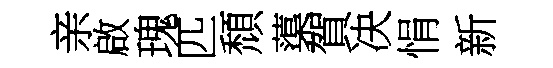
亲啟瑰匹頹蕖賀决悁新